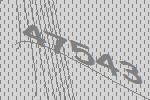
47543